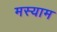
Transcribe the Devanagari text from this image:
मस्याम